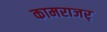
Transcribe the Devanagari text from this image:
कामराजर्